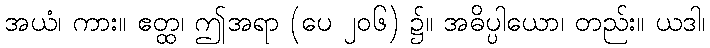
အယံ၊ ကား။ ဧတ္ထ၊ ဤအရာ (ပေ ၂၀၆) ၌။ အဓိပ္ပါယော၊ တည်း။ ယဒါ၊